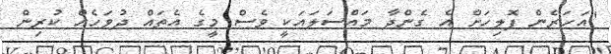
"އަހަރެން ޕޮލިހަށް އެ ގެންދާ މައްސަލައަކީ ވެސް މީގެ އެތައް ދުވަހެއް ކުރިން